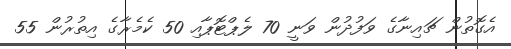
އެގޮތުން ޗައިނާގެ ވަފުދުން ވަނީ 70 ލެޕްޓޮޕާއި 50 ކެމެރާގެ އިތުރުން 55